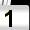
Digit: 1